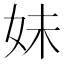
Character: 妹